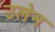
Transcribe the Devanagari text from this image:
उलेन